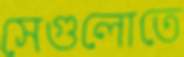
সেগুলোতে